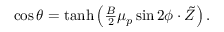
\begin{array} { r } { \cos \theta = \operatorname { t a n h } \left( \frac { B } { 2 } \mu _ { p } \sin 2 \phi \cdot \tilde { Z } \right) . } \end{array}